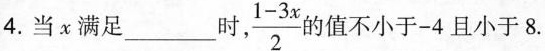
4.当x满足______时 $$\frac{1-3x}{2}$$ 的值不小于-4且小于8.